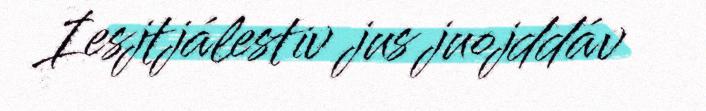
Iesjtjálestiv jus juojddáv